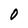
Character: O